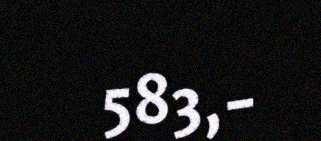
583,-